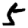
Digit: 5